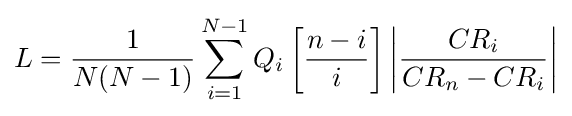
L={\frac {1}{N(N-1)}}\sum _{i=1}^{N-1}Q_{i}\left[{\frac {n-i}{i}}\right]\left\vert {\frac {CR_{i}}{CR_{n}-CR_{i}}}\right\vert